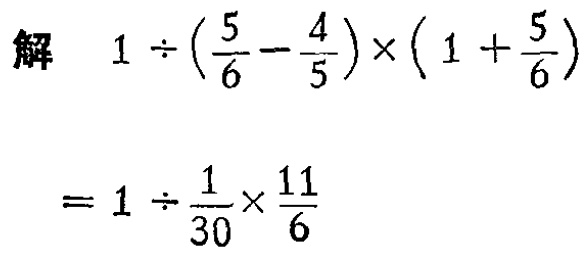
\[

\begin{align*}

&解\quad1\div(\frac{5}{6}-\frac{4}{5})\times(1 + \frac{5}{6})\\

&=1\div\frac{1}{30}\times\frac{11}{6}

\end{align*}

\]